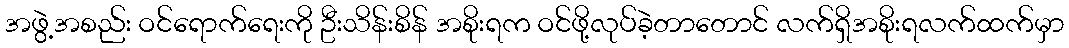
အဖွဲ့အစည်း ဝင်ရောက်ရေးကို ဦးသိန်းစိန် အစိုးရက ဝင်ဖို့လုပ်ခဲ့တာတောင် လက်ရှိအစိုးရလက်ထက်မှာ